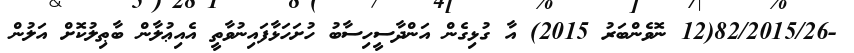
-82/2015/26(12 ނޮވެންބަރު 2015) އާ ގުޅިގެން އަންދާސީހިސާބު ހުށަހަޅާފައިނުވާތީ އެއިޢުލާން ބާޠިލުކޮށް އަލުން